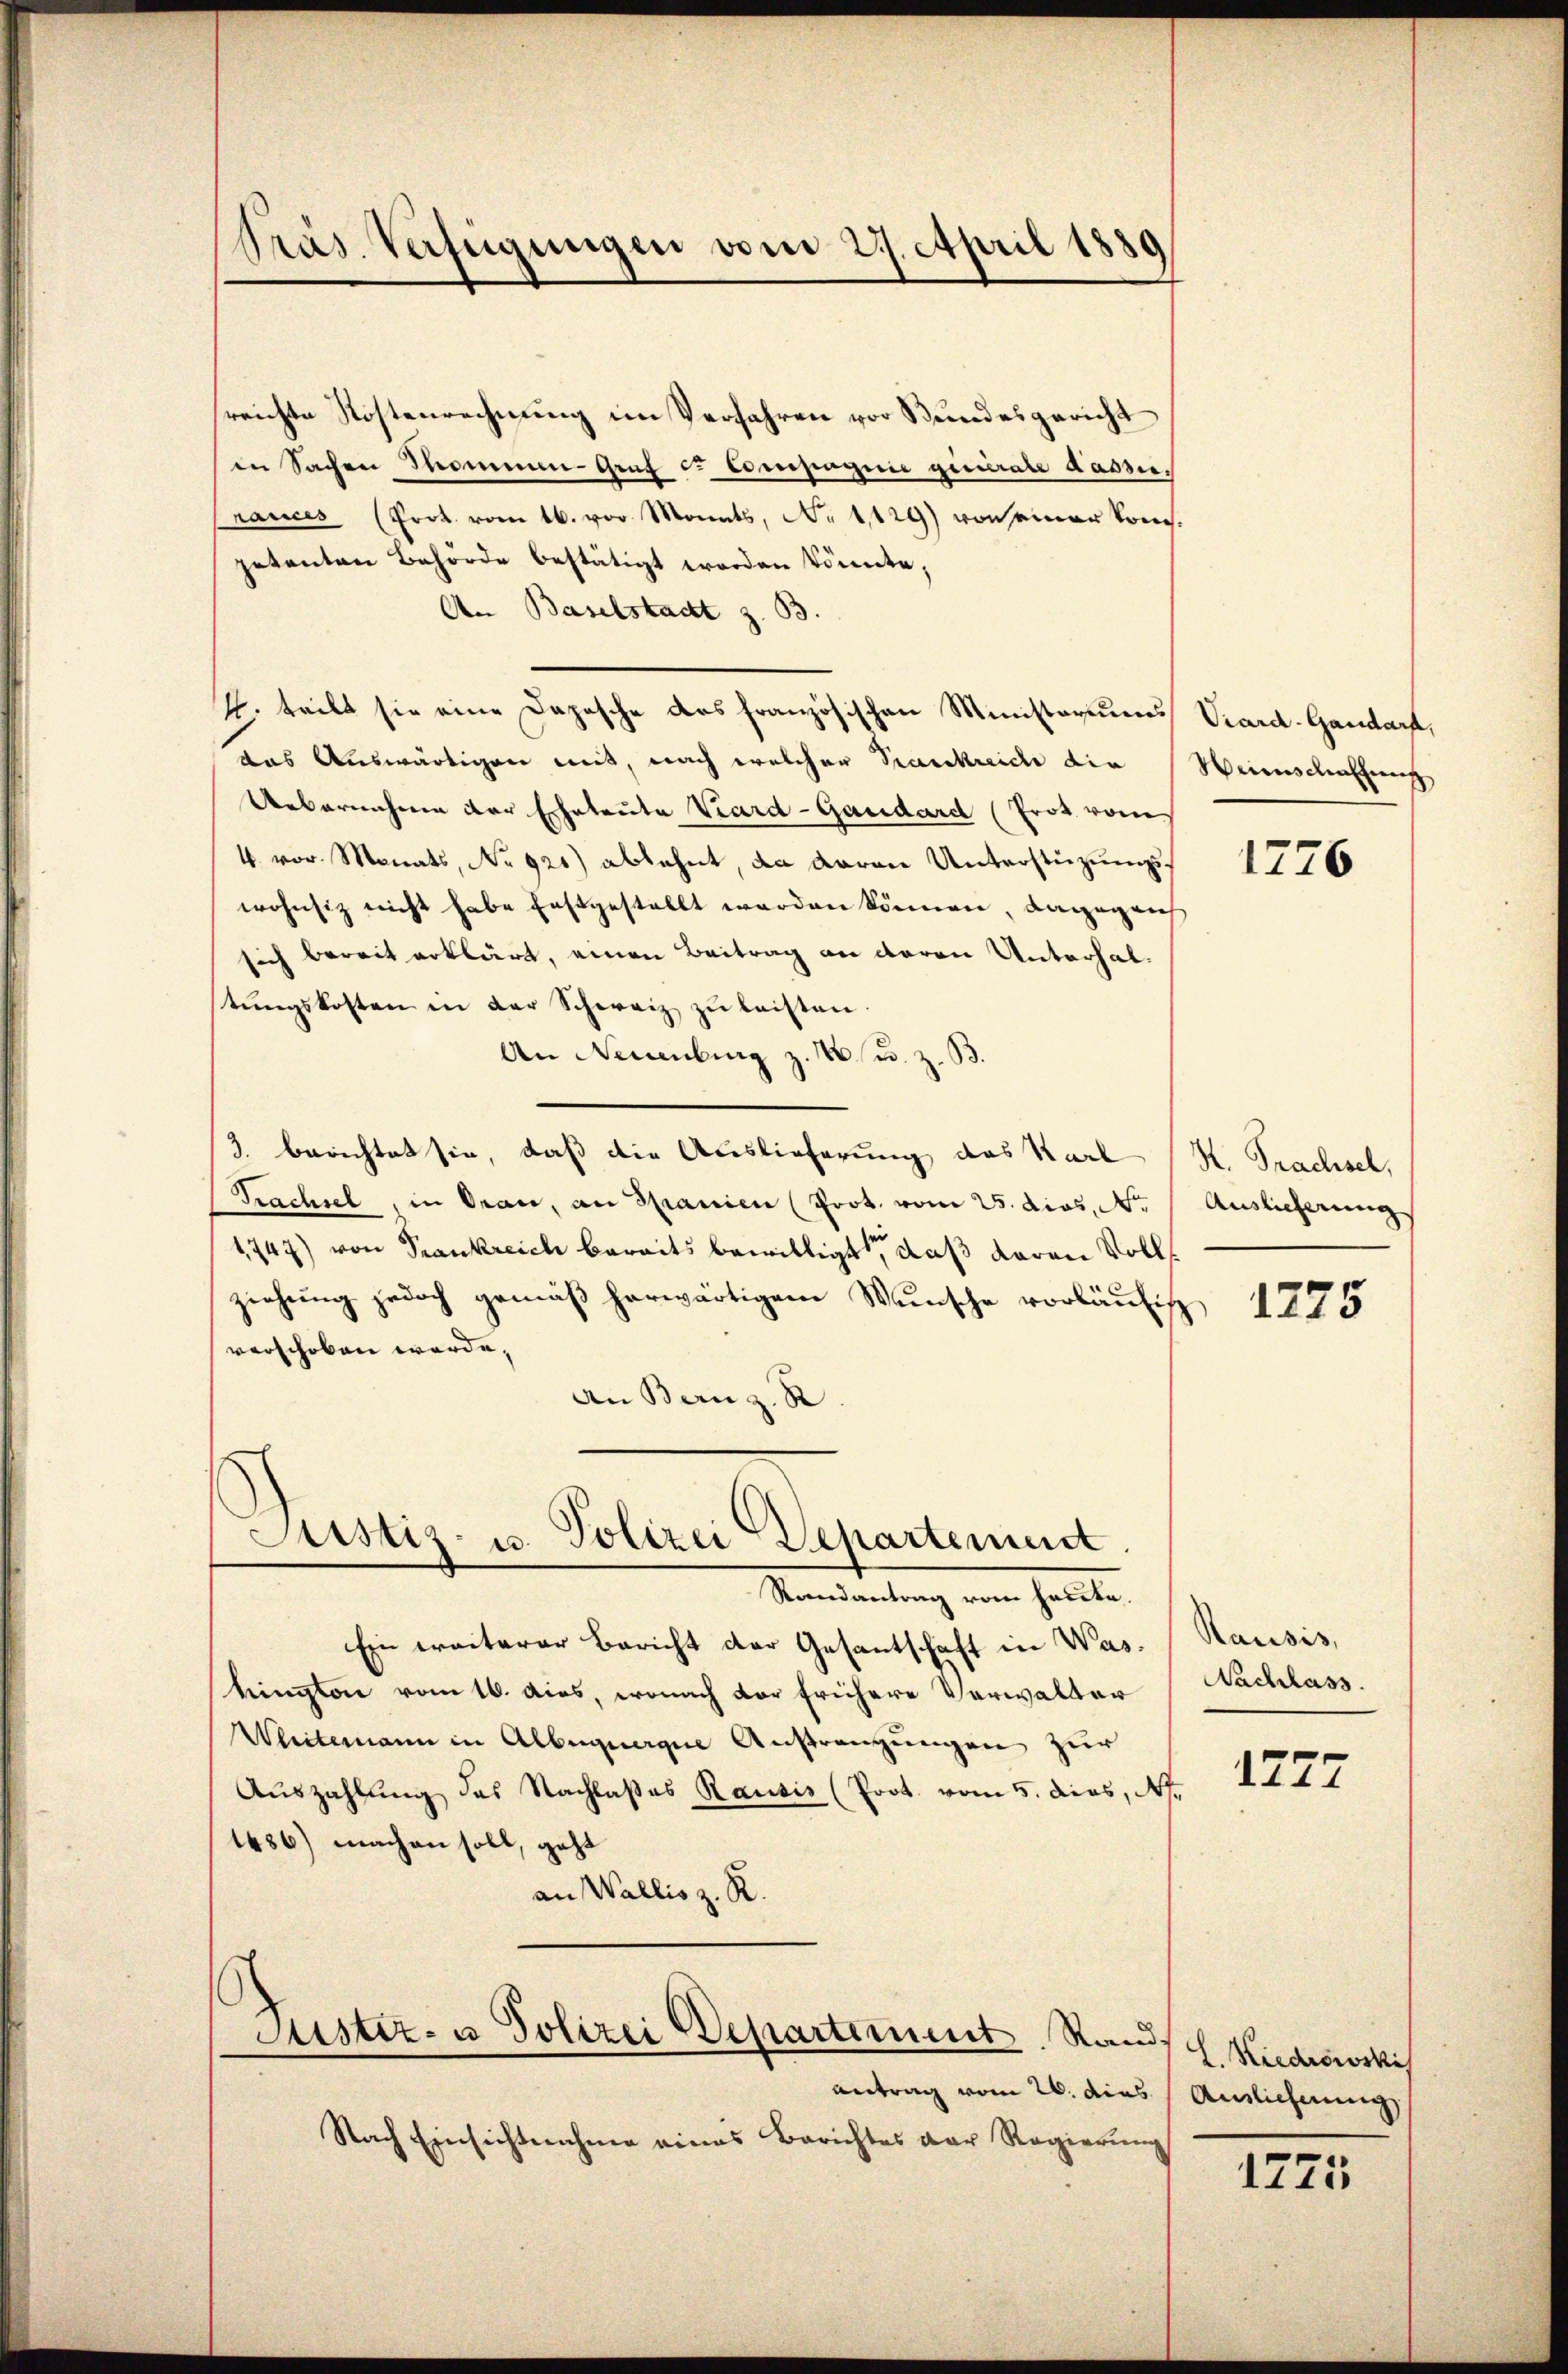
reichte Kostenrechnung im Verfahren vor Bundesgericht
in Sachen Thommen-Graf u. Compagnie gienerale dasse.
rances (Prot. vom 16. vor Monats, No 1129) von seiner kompetanten Behörde bestätigt worden könnte;
An Baselstadt z. B.
2. teilt sie eine Daposche das französischen Ministeriums Viard-Gandarf,
das Auswärtigen mit, nach welcher Krankreich die Weinschaffung
Uebernehmen der Eheteuta Vard-Gardard (Prot vom
4. vor. Monats, No 921) ablehnt, da daran Unterstüzungswohnsiz nicht habe festgestellt werden können, dagegens
sich bereit erklärt, einen Beitrag an daran Unterhalstŭngskosten in der Schweiz zŭ leisten.
An Neuenburg z. B. u. z. B.
3. berichtet sie, daß die Auslieferung des Karl (K. Trachsel,
Prachsel, in Oran, an Spanien (Prot. vom 25. dies, Nr.
1747) von Frankreich bereits bewilligt, daß daran volls
ziehŭng jedoch gemäβ herwärtigen Wŭnsche vorläŭfig
verschoben werde.
an Bern z. B

Präs. Verfügungen vom 27. April 1880

Justiz- u. Polizei Departement.

Randantrag vom heute.
Ein weiterer Bericht der Gesantschaft in Washington vom 16. dies, wonach vor frühere Verwalter
Weitemann in Albauergie Anstrengungen zur
Auszahlung des Nachlaßes Rausis (Prot. vom 5. dies, A.
1486) machen soll, geht
an Wallis z. R.

Justiz- u Polizei Departement Randsch. Niederki

Antrag vom 26. dies Auslieferung
Nach Einsichtnahme eines Berichtes der Regierung

1276

Auslieferung

1275

Rausis,
Nachlass.

1277

1775